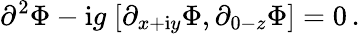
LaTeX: \partial^{2}\Phi-\mathrm{i}g\; [\partial_{x+\mathrm{i}y}\Phi,\partial_{0-z}\Phi]=0\, .